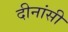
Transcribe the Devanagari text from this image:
दीनांसी